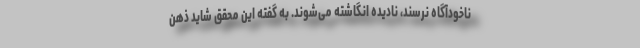
ناخودآگاه‌ نرسند، نادیده انگاشته می‌شوند. به گفته این محقق شاید ذهن